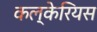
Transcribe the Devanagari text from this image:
कल्केरियस